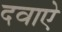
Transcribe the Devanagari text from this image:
दवाऐ